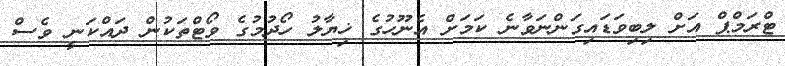
ޓްރަމްޕް އަށް ލިބިވަޑައިގަންނަވާނެ ކަމަށް އެނޫހުގެ ޚިޔާލު ހޯދުމުގެ ވޯޓްތަކުން ދައްކަނީ ވެސް